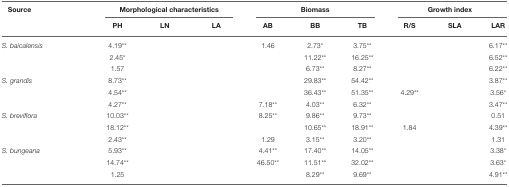
<table><thead><tr><td colspan="2"><b>Source</b></td><td colspan="3"><b>Morphological characteristics</b></td><td colspan="3"><b>Biomass</b></td><td colspan="3"><b>Growth index</b></td></tr><tr><td colspan="2">[EMPTY_CELL]</td><td><b>PH</b></td><td><b>LN</b></td><td><b>LA</b></td><td><b>AB</b></td><td><b>BB</b></td><td><b>TB</b></td><td><b>R/S</b></td><td><b>SLA</b></td><td><b>LAR</b></td></tr></thead><tbody><tr><td><i>S. baicalensis</i></td><td>[EMPTY_CELL]</td><td>4.19<sup>**</sup></td><td>[EMPTY_CELL]</td><td>[EMPTY_CELL]</td><td>1.46</td><td>2.73<sup>*</sup></td><td>3.75<sup>**</sup></td><td>[EMPTY_CELL]</td><td>[EMPTY_CELL]</td><td>6.17<sup>**</sup></td></tr><tr><td>[EMPTY_CELL]</td><td>[EMPTY_CELL]</td><td>2.45<sup>*</sup></td><td>[EMPTY_CELL]</td><td>[EMPTY_CELL]</td><td>[EMPTY_CELL]</td><td>11.22<sup>**</sup></td><td>16.25<sup>**</sup></td><td>[EMPTY_CELL]</td><td>[EMPTY_CELL]</td><td>6.52<sup>**</sup></td></tr><tr><td>[EMPTY_CELL]</td><td>[EMPTY_CELL]</td><td>1.57</td><td>[EMPTY_CELL]</td><td>[EMPTY_CELL]</td><td>[EMPTY_CELL]</td><td>6.73<sup>**</sup></td><td>8.27<sup>**</sup></td><td>[EMPTY_CELL]</td><td>[EMPTY_CELL]</td><td>6.22<sup>**</sup></td></tr><tr><td><i>S. grandis</i></td><td>[EMPTY_CELL]</td><td>8.73<sup>**</sup></td><td>[EMPTY_CELL]</td><td>[EMPTY_CELL]</td><td>[EMPTY_CELL]</td><td>29.83<sup>**</sup></td><td>54.42<sup>**</sup></td><td>[EMPTY_CELL]</td><td>[EMPTY_CELL]</td><td>3.87<sup>**</sup></td></tr><tr><td>[EMPTY_CELL]</td><td>[EMPTY_CELL]</td><td>4.54<sup>**</sup></td><td>[EMPTY_CELL]</td><td>[EMPTY_CELL]</td><td>[EMPTY_CELL]</td><td>36.43<sup>**</sup></td><td>51.35<sup>**</sup></td><td>4.29<sup>**</sup></td><td>[EMPTY_CELL]</td><td>3.56<sup>*</sup></td></tr><tr><td>[EMPTY_CELL]</td><td>[EMPTY_CELL]</td><td>4.27<sup>**</sup></td><td>[EMPTY_CELL]</td><td>[EMPTY_CELL]</td><td>7.18<sup>**</sup></td><td>4.03<sup>**</sup></td><td>6.32<sup>**</sup></td><td>[EMPTY_CELL]</td><td>[EMPTY_CELL]</td><td>3.47<sup>**</sup></td></tr><tr><td><i>S. breviflora</i></td><td>[EMPTY_CELL]</td><td>10.03<sup>**</sup></td><td>[EMPTY_CELL]</td><td>[EMPTY_CELL]</td><td>8.25<sup>**</sup></td><td>9.86<sup>**</sup></td><td>9.73<sup>**</sup></td><td>[EMPTY_CELL]</td><td>[EMPTY_CELL]</td><td>0.51</td></tr><tr><td>[EMPTY_CELL]</td><td>[EMPTY_CELL]</td><td>18.12<sup>**</sup></td><td>[EMPTY_CELL]</td><td>[EMPTY_CELL]</td><td>[EMPTY_CELL]</td><td>10.65<sup>**</sup></td><td>18.91<sup>**</sup></td><td>1.84</td><td>[EMPTY_CELL]</td><td>4.39<sup>**</sup></td></tr><tr><td>[EMPTY_CELL]</td><td>[EMPTY_CELL]</td><td>2.43<sup>**</sup></td><td>[EMPTY_CELL]</td><td>[EMPTY_CELL]</td><td>1.29</td><td>3.15<sup>**</sup></td><td>3.20<sup>**</sup></td><td>[EMPTY_CELL]</td><td>[EMPTY_CELL]</td><td>1.31</td></tr><tr><td><i>S. bungeana</i></td><td>[EMPTY_CELL]</td><td>5.93<sup>**</sup></td><td>[EMPTY_CELL]</td><td>[EMPTY_CELL]</td><td>4.41<sup>**</sup></td><td>17.40<sup>**</sup></td><td>14.05<sup>**</sup></td><td>[EMPTY_CELL]</td><td>[EMPTY_CELL]</td><td>3.38<sup>*</sup></td></tr><tr><td>[EMPTY_CELL]</td><td>[EMPTY_CELL]</td><td>14.74<sup>**</sup></td><td>[EMPTY_CELL]</td><td>[EMPTY_CELL]</td><td>46.50<sup>**</sup></td><td>11.51<sup>**</sup></td><td>32.02<sup>**</sup></td><td>[EMPTY_CELL]</td><td>[EMPTY_CELL]</td><td>3.63<sup>*</sup></td></tr><tr><td>[EMPTY_CELL]</td><td>[EMPTY_CELL]</td><td>1.25</td><td>[EMPTY_CELL]</td><td>[EMPTY_CELL]</td><td>[EMPTY_CELL]</td><td>8.29<sup>**</sup></td><td>9.69<sup>**</sup></td><td>[EMPTY_CELL]</td><td>[EMPTY_CELL]</td><td>4.91<sup>**</sup></td></tr></tbody></table>